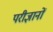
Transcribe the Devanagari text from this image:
परीज्ञानों